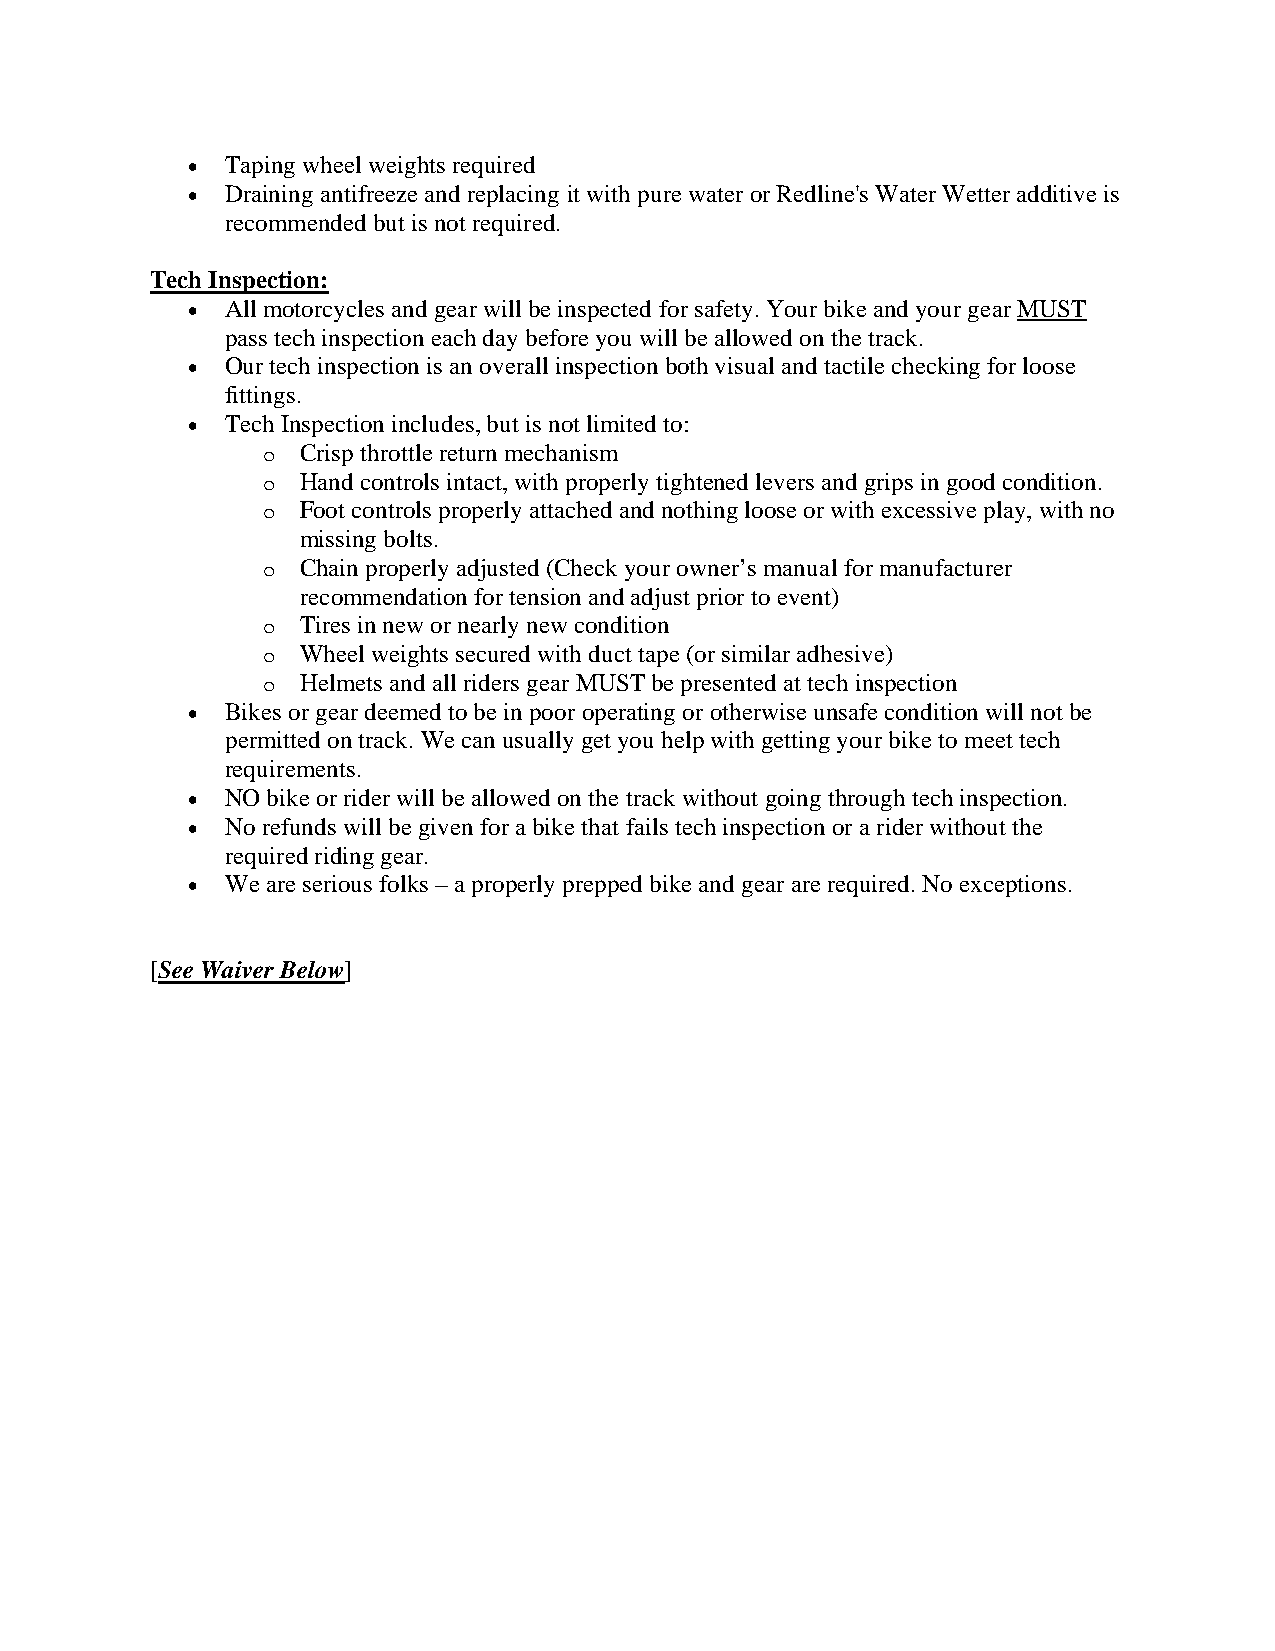
  Taping wheel weights required
   Draining antifreeze and replacing it with pure water or Redline's Water Wetter additive is
 recommended but is not required.
 Tech Inspection:
   All motorcycles and gear will be inspected for safety. Your bike and your gear MUST
 pass tech inspection each day before you will be allowed on the track.
   Our tech inspection is an overall inspection both visual and tactile checking for loose
 fittings.
   Tech Inspection includes, but is not limited to:
 o  Crisp throttle return mechanism
 o  Hand controls intact, with properly tightened levers and grips in good condition.
 o  Foot controls properly attached and nothing loose or with excessive play, with no
 missing bolts.
 o  Chain properly adjusted (Check your owner’s manual for manufacturer
 recommendation for tension and adjust prior to event)
 o  Tires in new or nearly new condition
 o  Wheel weights secured with duct tape (or similar adhesive)
 o  Helmets and all riders gear MUST be presented at tech inspection
   Bikes or gear deemed to be in poor operating or otherwise unsafe condition will not be
 permitted on track. We can usually get you help with getting your bike to meet tech
 requirements.
   NO bike or rider will be allowed on the track without going through tech inspection.
   No refunds will be given for a bike that fails tech inspection or a rider without the
 required riding gear.
   We are serious folks – a properly prepped bike and gear are required. No exceptions.
 [See Waiver Below]